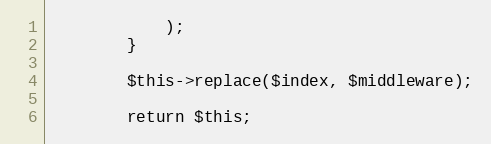
Language: PHP
            );
        }

        $this->replace($index, $middleware);

        return $this;